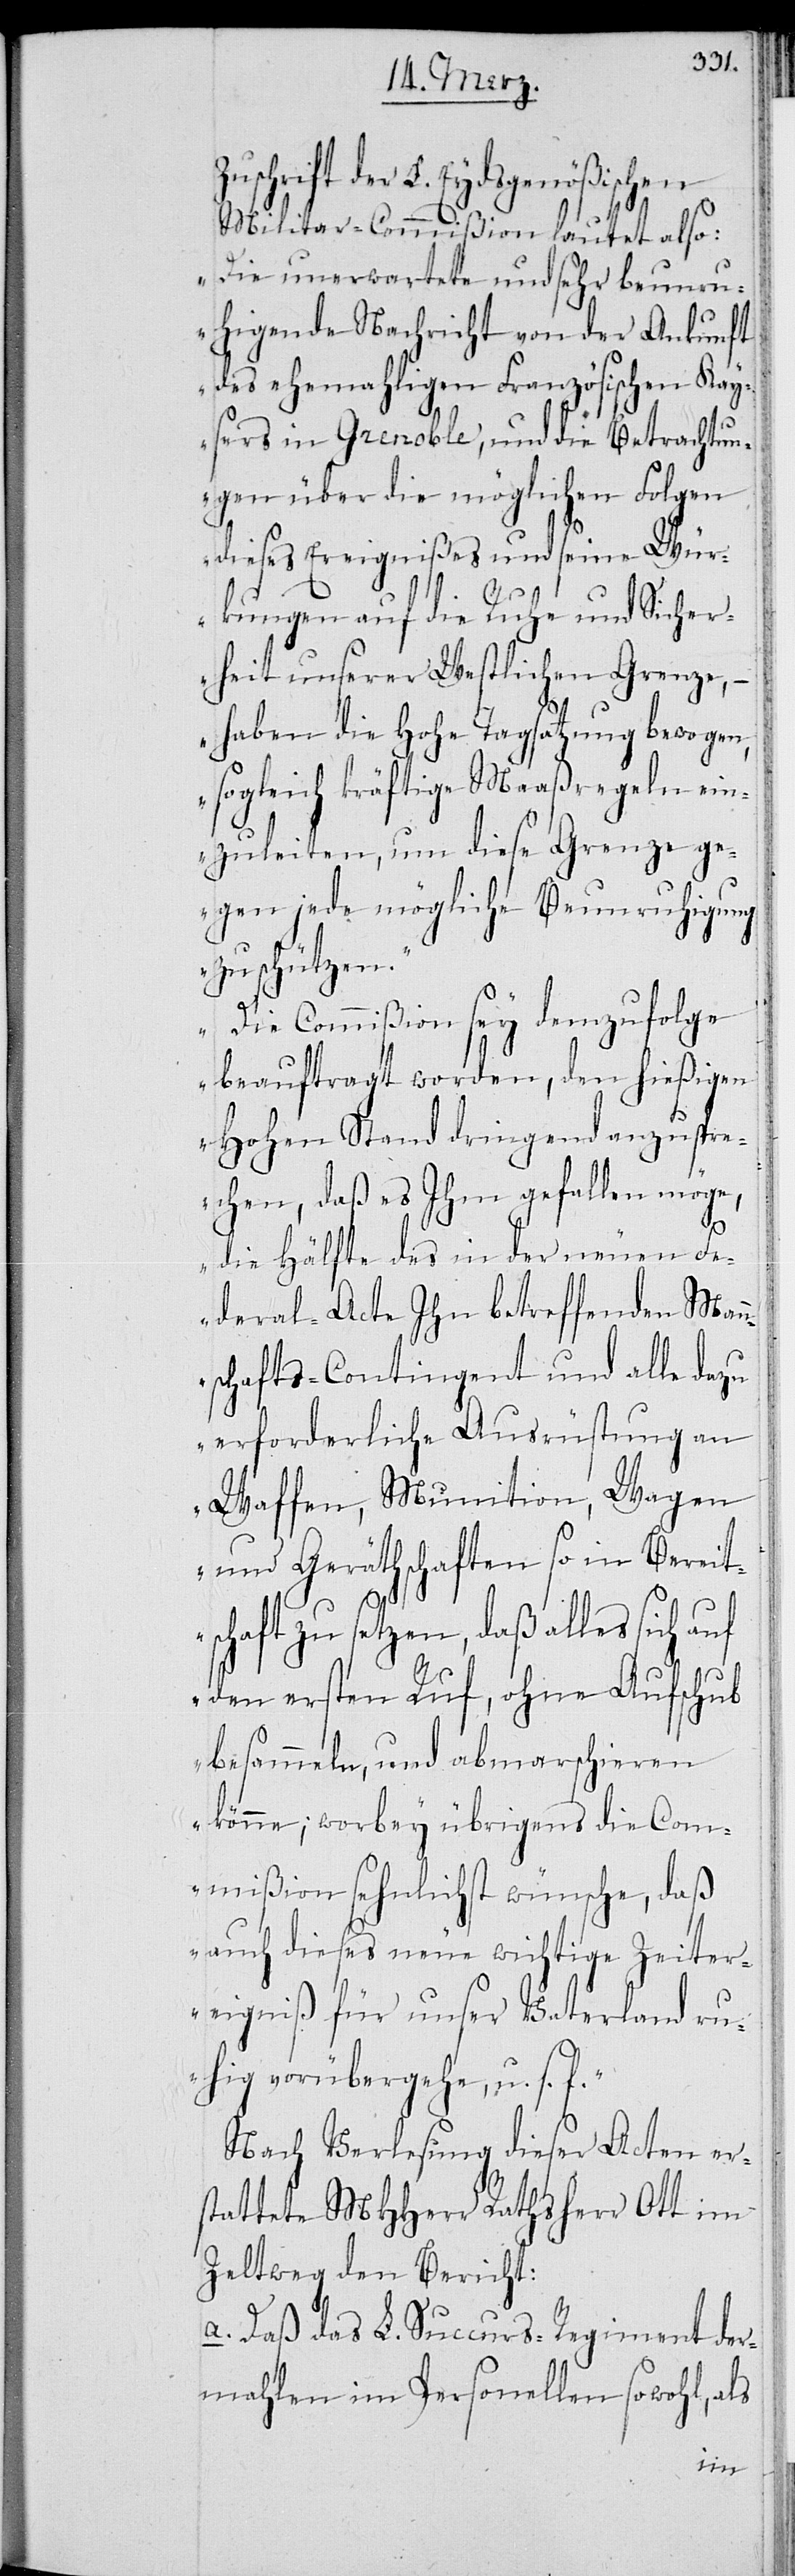
der L. Eydsgenößischen
Militar-Commißion lautet also:
„Die unerwartete und sehr beunr¬
uhigende Nachricht von der Ankunft
des ehemaligen Französischen Kay¬
sers in Grenoble, und die Betrachtun¬
gen über die möglichen Folgen
dieses Ereignißes und seinen Wür¬
kungen auf die Ruhe und Sicher¬
heit unserer Westlichen Grenzen,
– haben die hohe Tagsatzung bewogen,
sogleich kräftige Maaßregeln ein¬
zuleiten, um diese Grenze ge¬
gen jede mögliche Beunruhigung
zu schützen.
Die Commißion sey demzufolge
beauftragt worden, den hießigen
Hohen Stand dringend anzuspre¬
chen, daß es Ihm gefallen möge,
die Hälfte des in der neuen Fe¬
deral-Acte Ihn betreffenden Man¬
nschafts-Contingent und alle dazu
erforderliche Ausrüstung an
Waffen, Munition, Wagen
und Gerätschaften so in Bereit¬
schaft zu setzen, daß alles sich
den ersten Ruf, ohne Aufschub
besammeln, und abmarschieren
könne; worbey übrigens die Com¬
mißion sehnlichst wünsche, daß
auch dieses neue wichtige Zeiter¬
eigniß für unser Vaterland ru¬
hig vorübergehe, u. s. f.“
Nach Verlesung dieser Acten er¬
stattete MHHerr Rathsherr Ott im
Zeltweg den Bericht:
a. Daß das L. Succurs-Regiment der¬
mahlen im Personellen sowohl, als